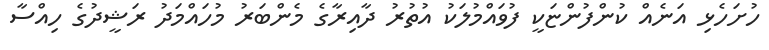
ހުށަހެޅި އަނެއް ކުންފުންޏަކީ ފުވައްމުލަކު އުތުރު ދާއިރާގެ މެންބަރު މުހައްމަދު ރަޝީދުގެ ހިއްސާ